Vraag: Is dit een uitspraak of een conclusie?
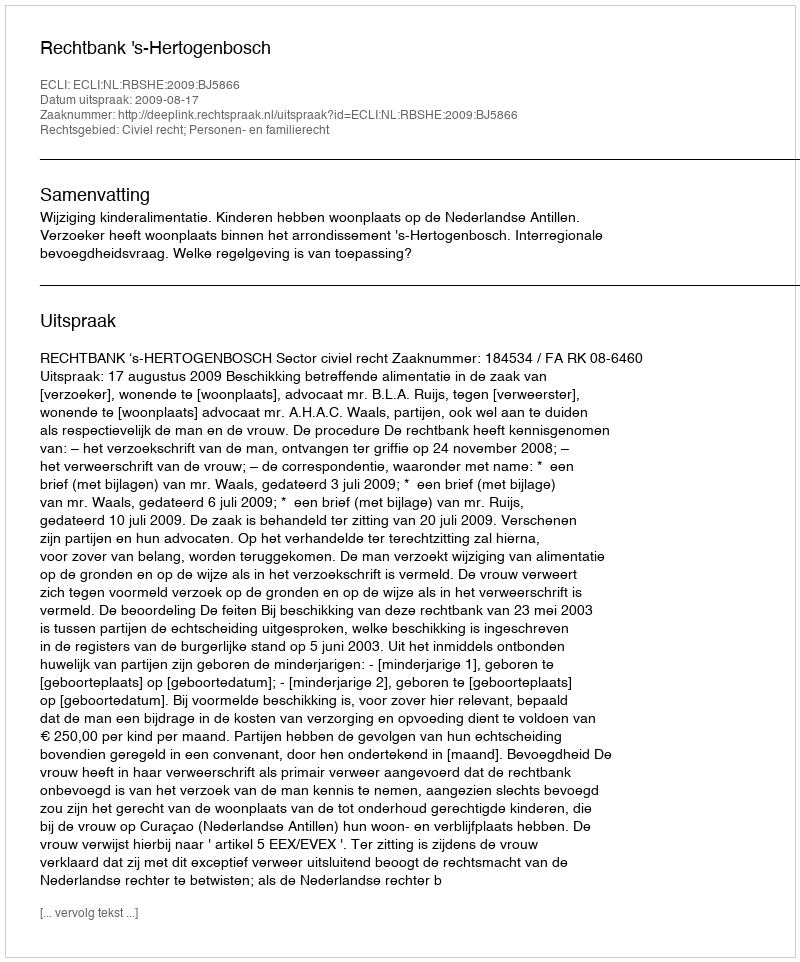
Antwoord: Uitspraak